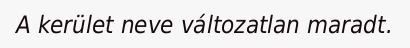
A kerület neve változatlan maradt.